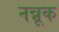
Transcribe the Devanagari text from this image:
नन्नूक